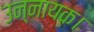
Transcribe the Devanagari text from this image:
उन्नायक।